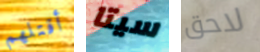
أقتلهم سيتا لاحق